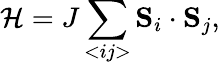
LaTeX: \mathcal{H}=J\sum_{<ij>}\mathbf{S}_{i}\cdot\mathbf{S}_{j},